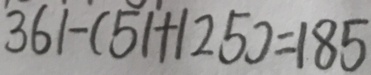
3 6 1 - ( 5 1 + 1 2 5 ) = 1 8 5